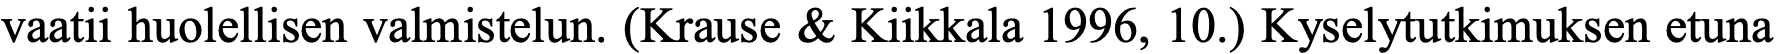
vaatii huolellisen valmistelun. (Krause & Kiikkala 1996, 10.) Kyselytutkimuksen etuna